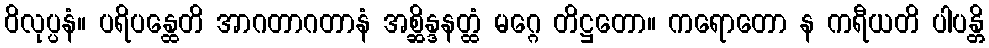
ဝိလုပ္ပနံ။ ပရိပန္ထေတိ အာဂတာဂတာနံ အစ္ဆိန္ဒနတ္ထံ မဂ္ဂေ တိဋ္ဌတော။ ကရောတော န ကရီယတိ ပါပန္တိ